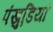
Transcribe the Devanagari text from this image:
पंखुडि़यां